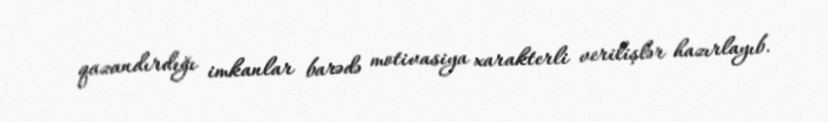
qazandırdığı imkanlar barədə motivasiya xarakterli verilişlər hazırlayıb.